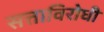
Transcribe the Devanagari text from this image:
सत्ताविरोधी